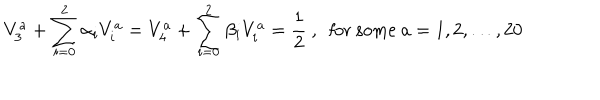
V _ { 3 } ^ { a } + \sum _ { i = 0 } ^ { 2 } \alpha _ { i } V _ { i } ^ { a } = V _ { 4 } ^ { a } + \sum _ { i = 0 } ^ { 2 } \beta _ { i } V _ { i } ^ { a } = { \frac { 1 } { 2 } } ~ , ~ ~ { \mathrm { f o r ~ s o m e } } ~ a = 1 , 2 , \dots , 2 0